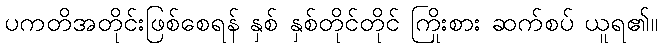
ပကတိအတိုင်းဖြစ်စေရန် နှစ် နှစ်တိုင်တိုင် ကြိုးစား ဆက်စပ် ယူရ၏။